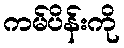
ကမ်ပိန်းကို